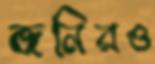
জনিরও